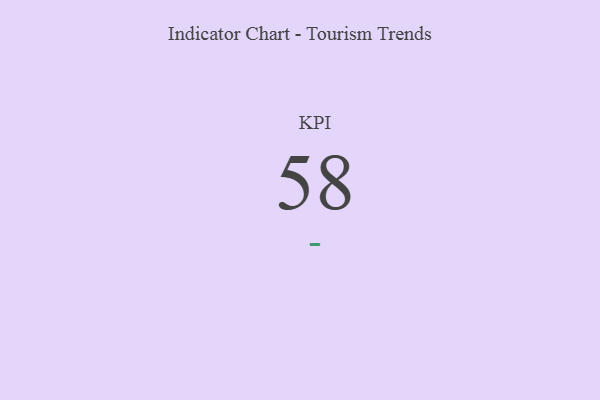
{"axis": {"x": "KPI", "y": "Value"}, "legend": [""], "data": [{"x": "KPI", "y": 58, "type": ""}]}